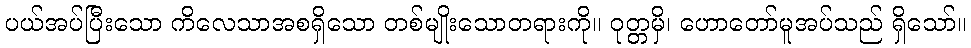
ပယ်အပ်ပြီးသော ကိလေသာအစရှိသော တစ်မျိုးသောတရားကို။ ဝုတ္တမှိ၊ ဟောတော်မူအပ်သည် ရှိသော်။